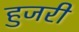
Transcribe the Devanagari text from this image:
हुजरी